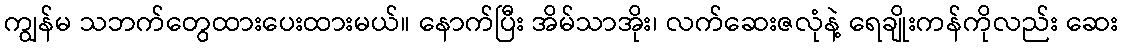
ကျွန်မ သဘက်တွေထားပေးထားမယ်။ နောက်ပြီး အိမ်သာအိုး၊ လက်ဆေးဇလုံနဲ့ ရေချိုးကန်ကိုလည်း ဆေး